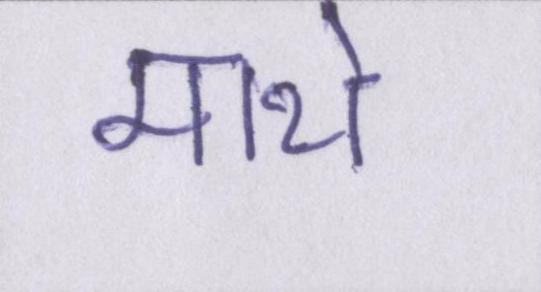
माथे